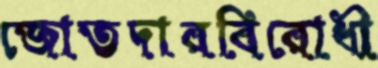
জোতদারবিরোধী